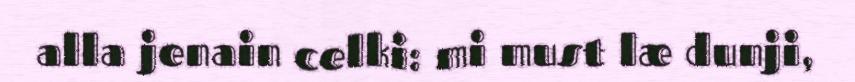
alla jenain celki: mi must læ dunji,